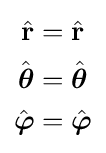
{\begin{aligned}{\hat {\mathbf {r} }}&={\hat {\mathbf {r} }}\\{\hat {\boldsymbol {\theta }}}&={\hat {\boldsymbol {\theta }}}\\{\hat {\boldsymbol {\varphi }}}&={\hat {\boldsymbol {\varphi }}}\\\end{aligned}}